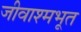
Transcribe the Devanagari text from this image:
जीवाश्मभूत